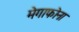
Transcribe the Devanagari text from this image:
मेगाफोना